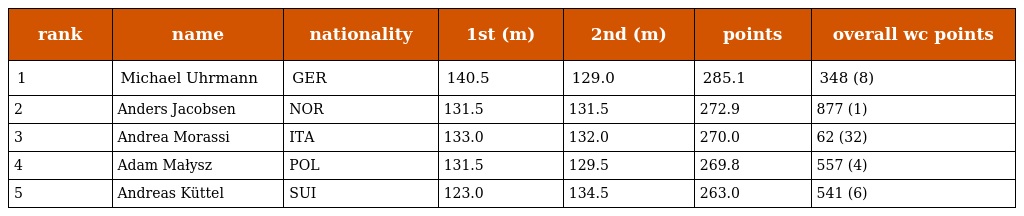
| rank | name | nationality | 1st (m) | 2nd (m) | points | overall wc points |
 | --- | --- | --- | --- | --- | --- | --- |
 | 1 | Michael Uhrmann | GER | 140.5 | 129.0 | 285.1 | 348 (8) |
 | 2 | Anders Jacobsen | NOR | 131.5 | 131.5 | 272.9 | 877 (1) |
 | 3 | Andrea Morassi | ITA | 133.0 | 132.0 | 270.0 | 62 (32) |
 | 4 | Adam Małysz | POL | 131.5 | 129.5 | 269.8 | 557 (4) |
 | 5 | Andreas Küttel | SUI | 123.0 | 134.5 | 263.0 | 541 (6) |